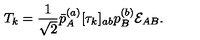
T _ { k } = { \frac { 1 } { \sqrt { 2 } } } \bar { p } _ { A } ^ { ( a ) } [ \tau _ { k } ] _ { a b } p _ { B } ^ { ( b ) } { \cal E } _ { A B } .